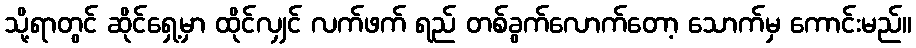
သို့ရာတွင် ဆိုင်ရှေ့မှာ ထိုင်လျှင် လက်ဖက် ရည် တစ်ခွက်လောက်တော့ သောက်မှ ကောင်းမည်။